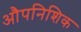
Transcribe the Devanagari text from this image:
औपनिशिक